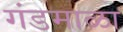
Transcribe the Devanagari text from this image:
गंडमाळा